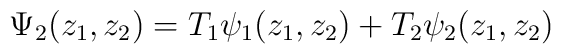
\Psi_2 (z_1 , z_2 )=T_1 \psi_1 (z_1 , z_2 )+T_2 \psi_2 (z_1 ,z_2 )